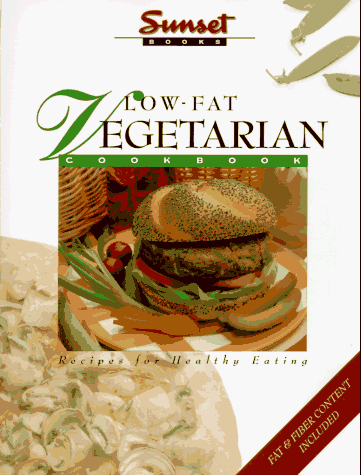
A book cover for Low-Fat Vegetarian Cookbook: Recipes for Healthy Eating; Sunset Books; Health, Fitness & Dieting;